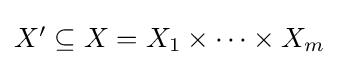
{\textstyle X'\subseteq X=X_{1}\times \cdots \times X_{m}}